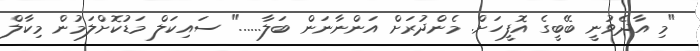
"މި އާދެވުނީ ބޭބީގެ އޮފީހަށް. މެންދުރަށް އަންނާނަން ބަލާ......" ސައިކަލް މަޑުކޮށްލަމުން މިކާލް